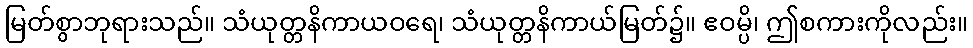
မြတ်စွာဘုရားသည်။ သံယုတ္တနိကာယဝရေ၊ သံယုတ္တနိကာယ်မြတ်၌။ ဧဝမ္ပိ၊ ဤစကားကိုလည်း။